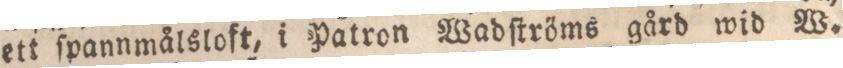
ett ſpannmålsloft, i Patron Wadſtröms gård wid W-